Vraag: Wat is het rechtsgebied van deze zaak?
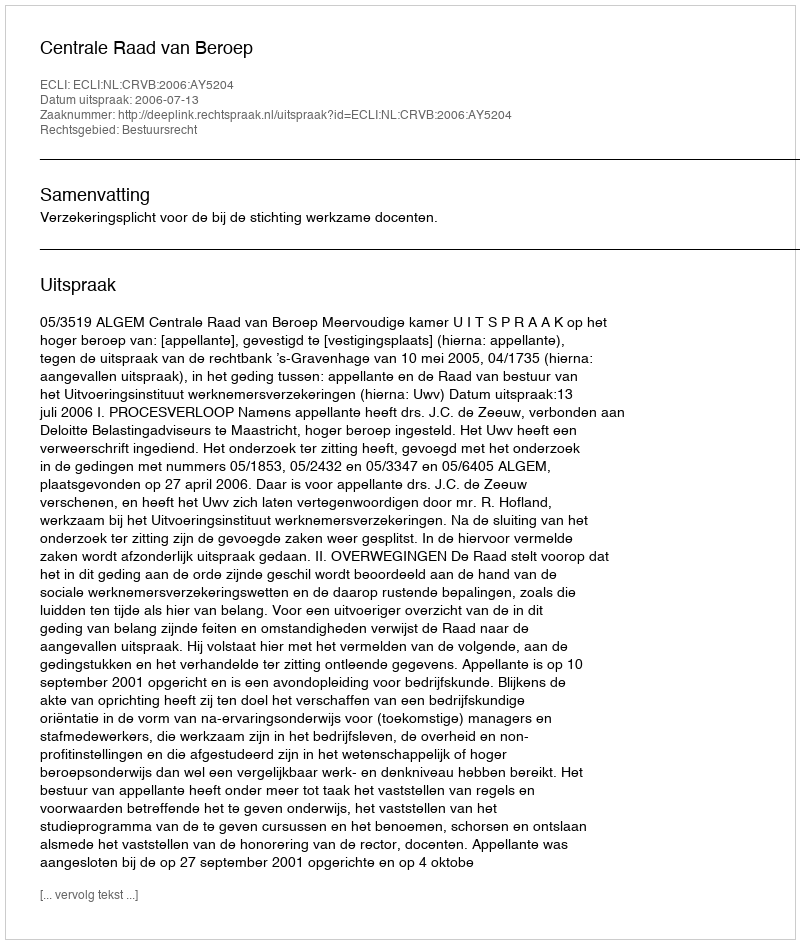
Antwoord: Bestuursrecht